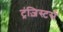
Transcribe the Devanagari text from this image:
ट्रंज़िस्टर्स